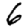
Digit: 6